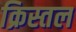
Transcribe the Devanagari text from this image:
क्रिस्तल